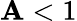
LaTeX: \mathbf{A}<1